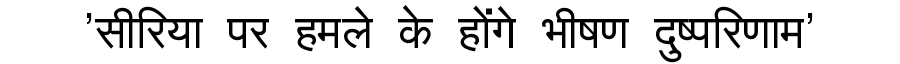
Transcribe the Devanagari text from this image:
'सीरिया पर हमले के होंगे भीषण दुष्परिणाम'